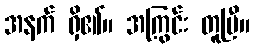
အနက် ရှိ၏။ အကြွင်း တူပြီ။